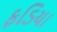
ફડિયા